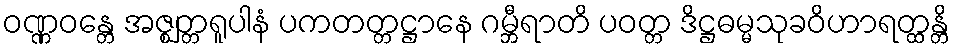
ဝဏ္ဏဝန္တေ အဇ္ဈတ္တရူပါနံ ပကတတ္တဋ္ဌာနေ ဂမ္ဘီရာတိ ပဝတ္တ ဒိဋ္ဌဓမ္မသုခဝိဟာရတ္ထန္တိ